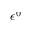
\epsilon ^ { 0 }